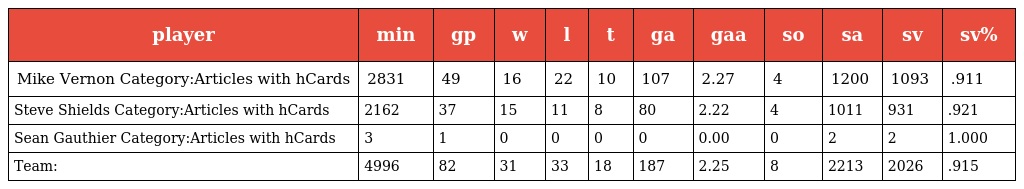
| player | min | gp | w | l | t | ga | gaa | so | sa | sv | sv% |
 | --- | --- | --- | --- | --- | --- | --- | --- | --- | --- | --- | --- |
 | Mike Vernon Category:Articles with hCards | 2831 | 49 | 16 | 22 | 10 | 107 | 2.27 | 4 | 1200 | 1093 | .911 |
 | Steve Shields Category:Articles with hCards | 2162 | 37 | 15 | 11 | 8 | 80 | 2.22 | 4 | 1011 | 931 | .921 |
 | Sean Gauthier Category:Articles with hCards | 3 | 1 | 0 | 0 | 0 | 0 | 0.00 | 0 | 2 | 2 | 1.000 |
 | Team: | 4996 | 82 | 31 | 33 | 18 | 187 | 2.25 | 8 | 2213 | 2026 | .915 |